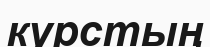
курстың